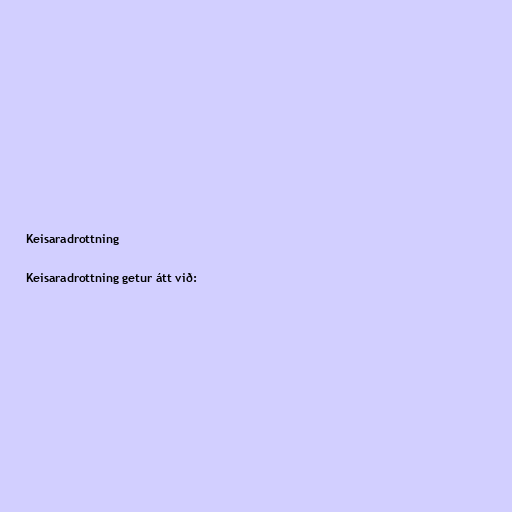
Keisaradrottning

Keisaradrottning getur átt við: